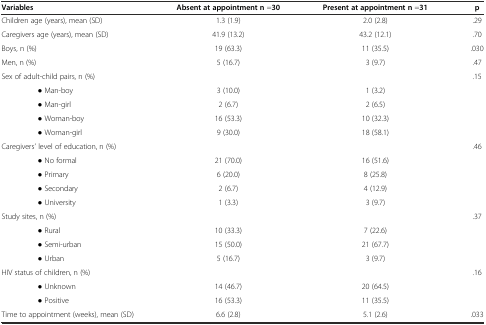
<table><thead><tr><td><b>Variables</b></td><td><b>Absent at appointment n =30</b></td><td><b>Present at appointment n =31</b></td><td><b>p</b></td></tr></thead><tbody><tr><td>Children age (years), mean (SD)</td><td>1.3 (1.9)</td><td>2.0 (2.8)</td><td>.29</td></tr><tr><td>Caregivers age (years), mean (SD)</td><td>41.9 (13.2)</td><td>43.2 (12.1)</td><td>.70</td></tr><tr><td>Boys, n (%)</td><td>19 (63.3)</td><td>11 (35.5)</td><td>.030</td></tr><tr><td>Men, n (%)</td><td>5 (16.7)</td><td>3 (9.7)</td><td>.47</td></tr><tr><td>Sex of adult-child pairs, n (%)</td><td></td><td></td><td rowspan="5">.15</td></tr><tr><td>● Man-boy</td><td>3 (10.0)</td><td>1 (3.2)</td></tr><tr><td>● Man-girl</td><td>2 (6.7)</td><td>2 (6.5)</td></tr><tr><td>● Woman-boy</td><td>16 (53.3)</td><td>10 (32.3)</td></tr><tr><td>● Woman-girl</td><td>9 (30.0)</td><td>18 (58.1)</td></tr><tr><td>Caregivers’ level of education, n (%)</td><td></td><td></td><td rowspan="5">.46</td></tr><tr><td>● No formal</td><td>21 (70.0)</td><td>16 (51.6)</td></tr><tr><td>● Primary</td><td>6 (20.0)</td><td>8 (25.8)</td></tr><tr><td>● Secondary</td><td>2 (6.7)</td><td>4 (12.9)</td></tr><tr><td>● University</td><td>1 (3.3)</td><td>3 (9.7)</td></tr><tr><td>Study sites, n (%)</td><td></td><td></td><td rowspan="4">.37</td></tr><tr><td>● Rural</td><td>10 (33.3)</td><td>7 (22.6)</td></tr><tr><td>● Semi-urban</td><td>15 (50.0)</td><td>21 (67.7)</td></tr><tr><td>● Urban</td><td>5 (16.7)</td><td>3 (9.7)</td></tr><tr><td>HIV status of children, n (%)</td><td></td><td></td><td rowspan="3">.16</td></tr><tr><td>● Unknown</td><td>14 (46.7)</td><td>20 (64.5)</td></tr><tr><td>● Positive</td><td>16 (53.3)</td><td>11 (35.5)</td></tr><tr><td>Time to appointment (weeks), mean (SD)</td><td>6.6 (2.8)</td><td>5.1 (2.6)</td><td>.033</td></tr></tbody></table>